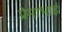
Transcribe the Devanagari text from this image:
प्रेमाभाई